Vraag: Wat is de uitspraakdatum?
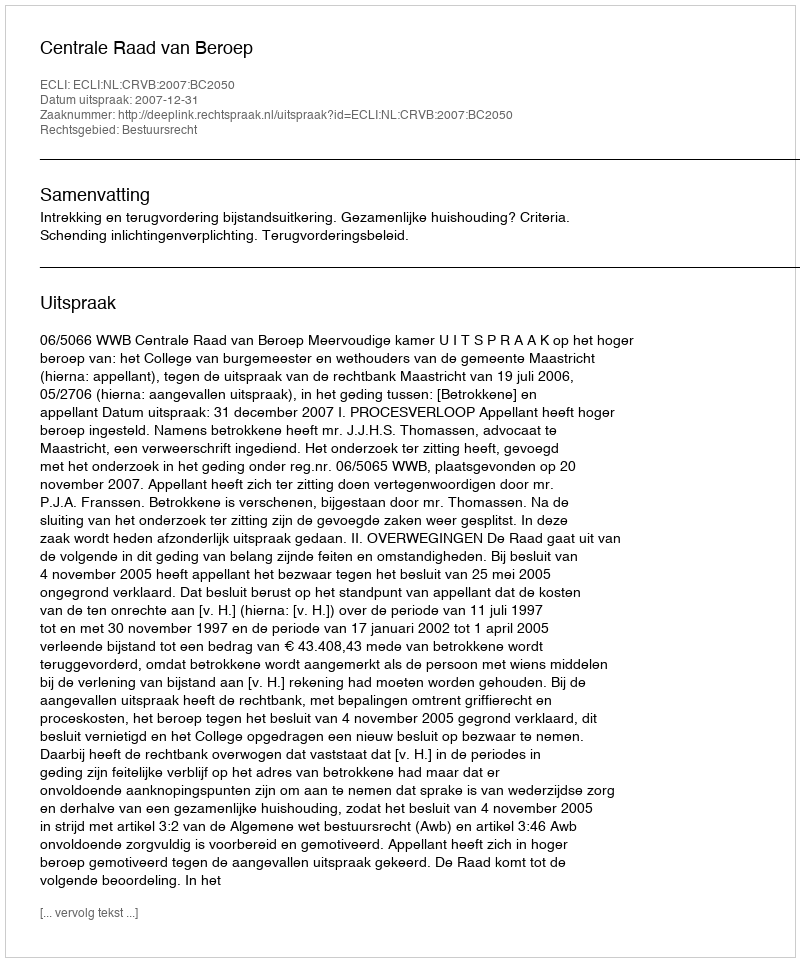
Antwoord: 2007-12-31